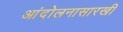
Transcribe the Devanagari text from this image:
आंदोलनासारखी